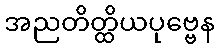
အညတိတ္ထိယပုဗ္ဗေန